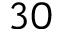
3 0